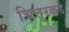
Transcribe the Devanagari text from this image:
चित्तूरकडे